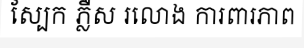
ស្បែក ភ្លឺស រលោង ការពារភាព